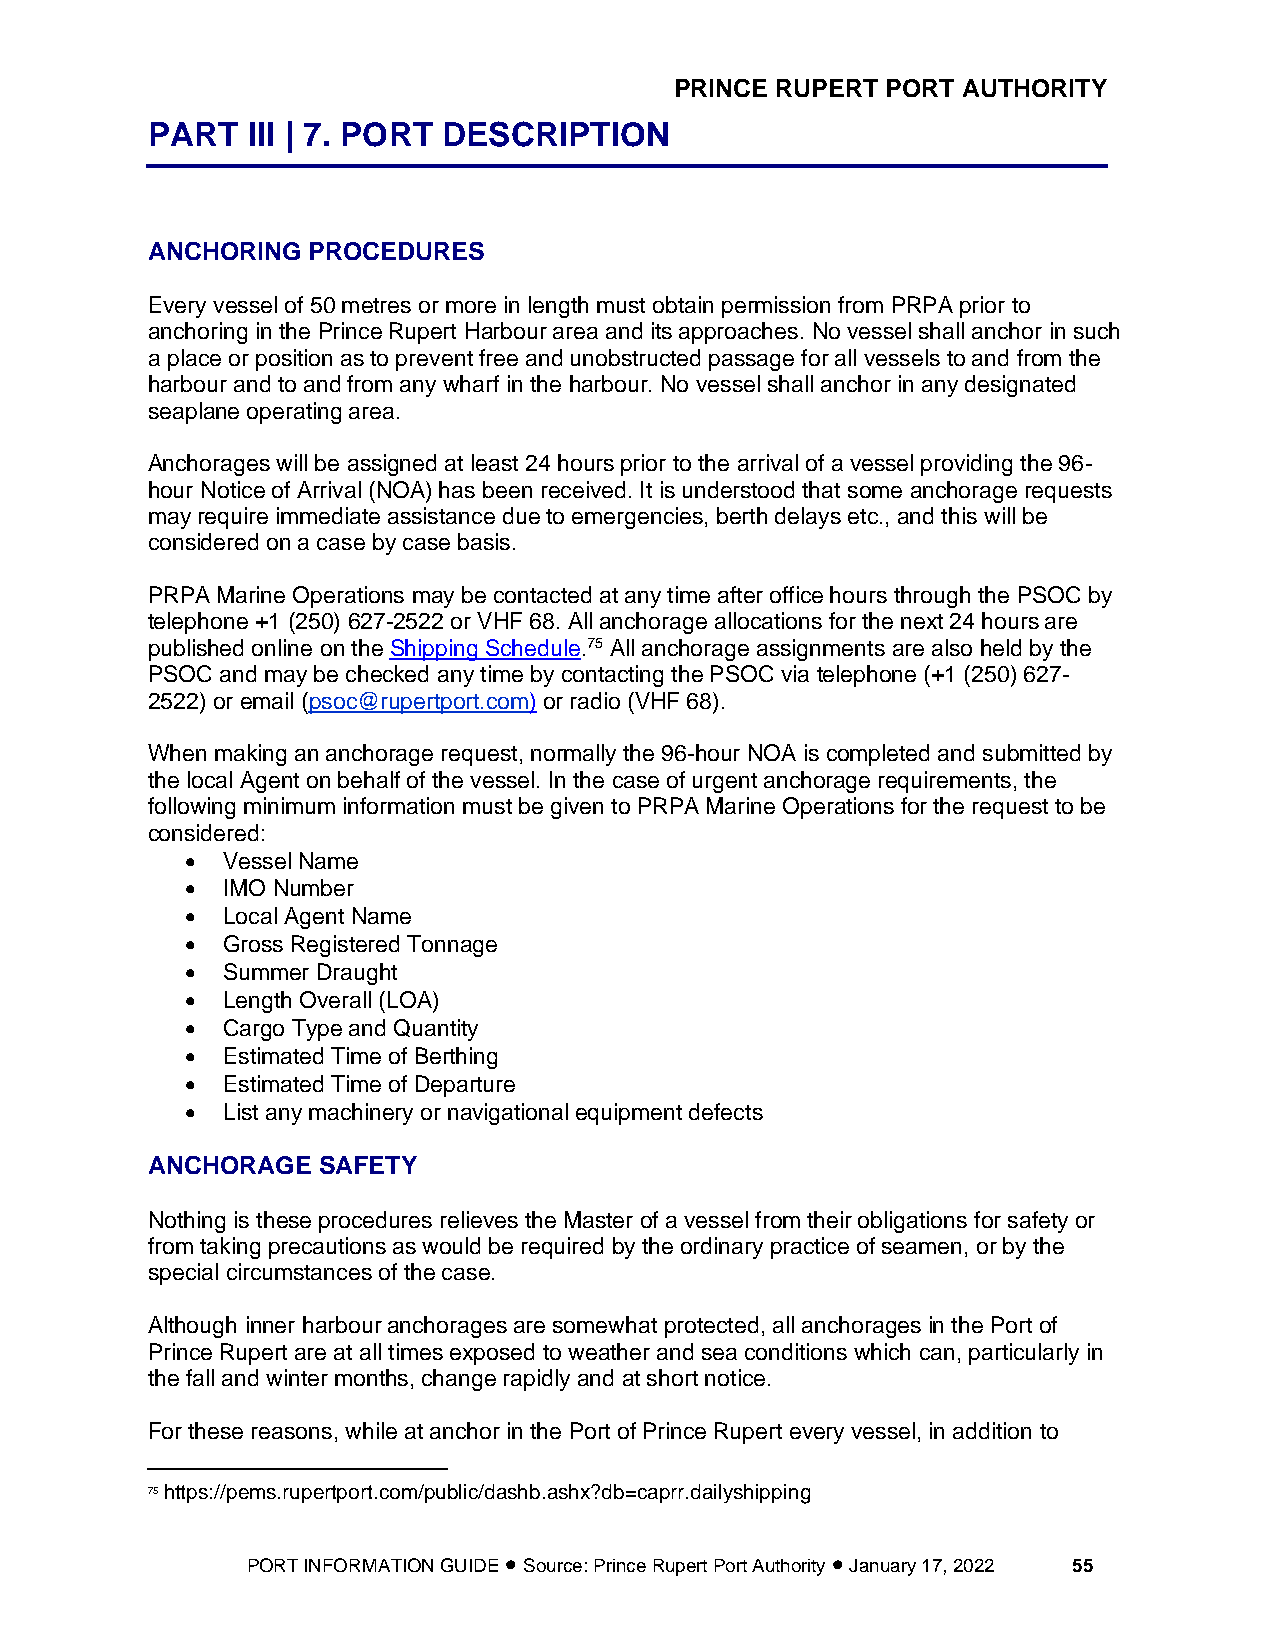
PRINCE RUPERT PORT AUTHORITY
 PART  III | 7. PORT DESCRIPTION
 ANCHORING PROCEDURES
 Every vessel of 50 metres or more in length must obtain permission from PRPA prior to
 anchoring in the Prince Rupert Harbour area and its approaches. No vessel shall anchor in such
 a place or position as to prevent free and unobstructed passage for all vessels to and from the
 harbour and to and from any wharf in the harbour. No vessel shall anchor in any designated
 seaplane operating area.
 Anchorages will be assigned at least 24 hours prior to the arrival of a vessel providing the 96-
 hour Notice of Arrival (NOA) has been received. It is understood that some anchorage requests
 may require immediate assistance due to emergencies, berth delays etc., and this will be
 considered on a case by case basis.
 PRPA Marine Operations may be contacted at any time after office hours through the PSOC by
 telephone +1 (250) 627-2522 or VHF 68. All anchorage allocations for the next 24 hours are
 published online on the Shipping Schedule.75 All anchorage assignments are also held by the
 PSOC and may be checked any time by contacting the PSOC via telephone (+1 (250) 627-
 2522) or email (psoc@rupertport.com) or radio (VHF 68).
 When making an anchorage request, normally the 96-hour NOA is completed and submitted by
 the local Agent on behalf of the vessel. In the case of urgent anchorage requirements, the
 following minimum information must be given to PRPA Marine Operations for the request to be
 considered:
 •  Vessel Name
 •  IMO Number
 •  Local Agent Name
 •  Gross Registered Tonnage
 •  Summer Draught
 •  Length Overall (LOA)
 •  Cargo Type and Quantity
 •  Estimated Time of Berthing
 •  Estimated Time of Departure
 •  List any machinery or navigational equipment defects
 ANCHORAGE  SAFETY
 Nothing is these procedures relieves the Master of a vessel from their obligations for safety or
 from taking precautions as would be required by the ordinary practice of seamen, or by the
 special circumstances of the case.
 Although inner harbour anchorages are somewhat protected, all anchorages in the Port of
 Prince Rupert are at all times exposed to weather and sea conditions which can, particularly in
 the fall and winter months, change rapidly and at short notice.
 For these reasons, while at anchor in the Port of Prince Rupert every vessel, in addition to
 75 https://pems.rupertport.com/public/dashb.ashx?db=caprr.dailyshipping
 PORT INFORMATION GUIDE • Source: Prince Rupert Port Authority • January 17, 2022 55